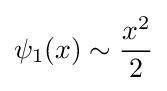
\psi _{1}(x)\sim {\frac {x^{2}}{2}}